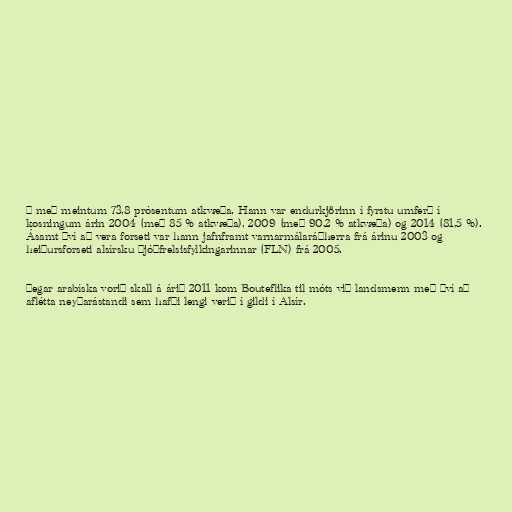
ð með meintum 73,8 prósentum atkvæða. Hann var endurkjörinn í fyrstu umferð í
kosningum árin 2004 (með 85 % atkvæða), 2009 (með 90,2 % atkvæða) og 2014 (81,5 %).
Ásamt því að vera forseti var hann jafnframt varnarmálaráðherra frá árinu 2003 og
heiðursforseti alsírsku Þjóðfrelsisfylkingarinnar (FLN) frá 2005.

Þegar arabíska vorið skall á árið 2011 kom Bouteflika til móts við landsmenn með því að
aflétta neyðarástandi sem hafði lengi verið í gildi í Alsír.